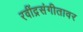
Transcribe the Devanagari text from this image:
रवींद्रसंगीतावर